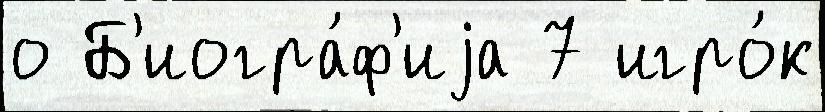
о Б'иогра́ф'иjа 7 игро́к